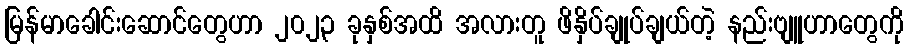
မြန်မာခေါင်းဆောင်တွေဟာ ၂၀၂၃ ခုနှစ်အထိ အလားတူ ဖိနှိပ်ချုပ်ချယ်တဲ့ နည်းဗျူဟာတွေကို